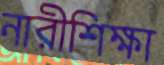
নারীশিক্ষা